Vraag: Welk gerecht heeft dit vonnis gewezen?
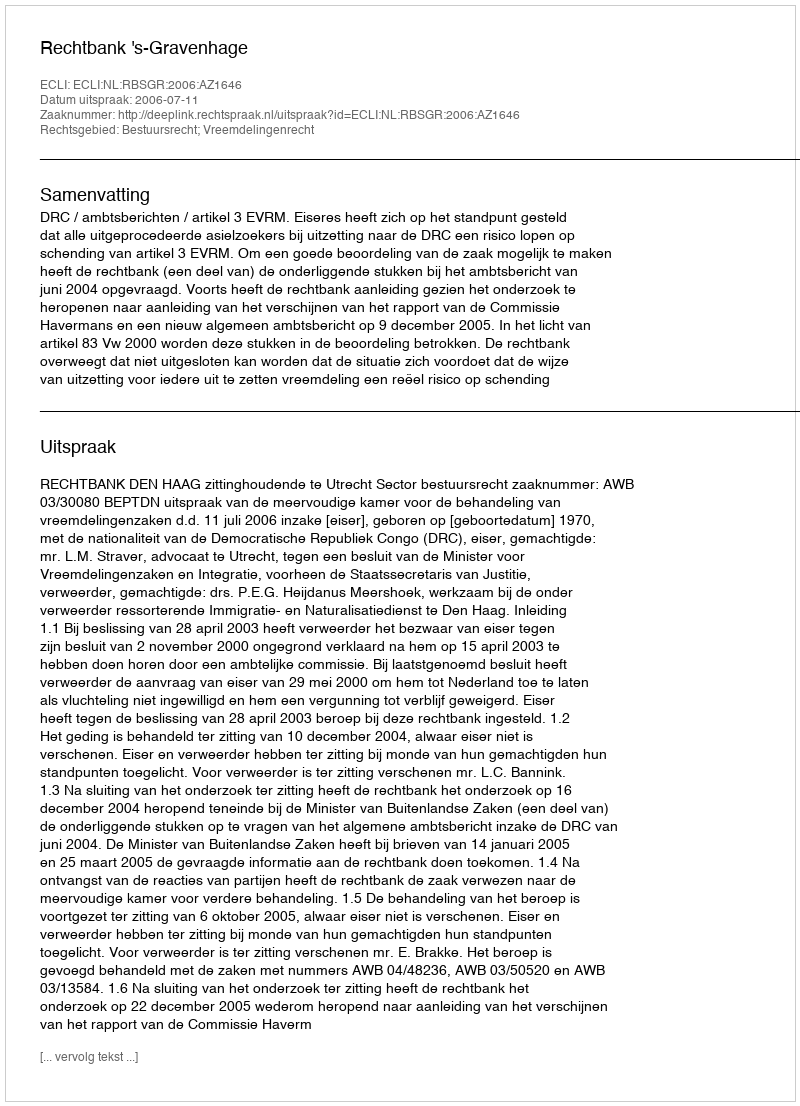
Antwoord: Rechtbank 's-Gravenhage